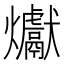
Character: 𪺉